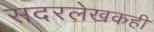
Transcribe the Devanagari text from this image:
सदरलेखकही